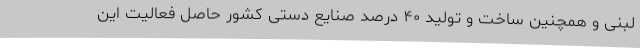
لبنی و همچنین ساخت و تولید ۴۰ درصد صنایع دستی کشور حاصل فعالیت این